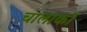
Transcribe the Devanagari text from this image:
चालाकों